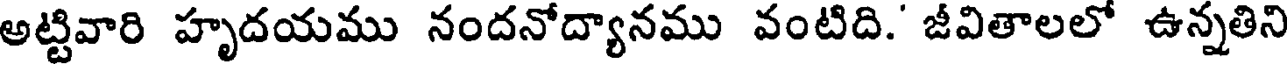
అట్టివారి హృదయము నందనోద్యానము వంటిది.' జీవితాలలో ఉన్నతిని